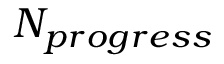
N _ { p r o g r e s s }